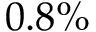
0 . 8 \%